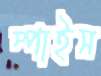
স্পাইস